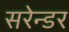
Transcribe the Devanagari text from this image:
सरेन्डर